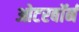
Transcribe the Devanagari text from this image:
ओटरबॉर्न